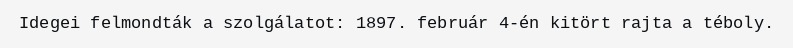
Idegei felmondták a szolgálatot: 1897. február 4-én kitört rajta a téboly.